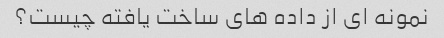
نمونه ای از داده های ساخت یافته چیست؟